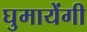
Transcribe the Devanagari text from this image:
घुमायेंगी